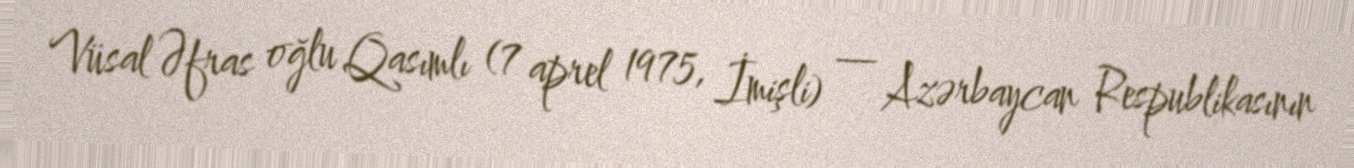
Vüsal Əfras oğlu Qasımlı (7 aprel 1975, İmişli) — Azərbaycan Respublikasının